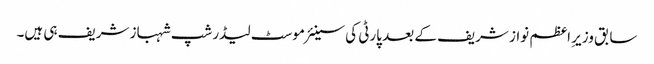
سابق وزیرِ اعظم نواز شریف کے بعد پارٹی کی سینئر موسٹ لیڈرشپ شہباز شریف ہی ہیں۔